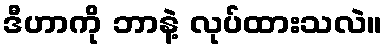
ဒီဟာကို ဘာနဲ့ လုပ်ထားသလဲ။